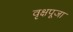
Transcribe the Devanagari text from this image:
वृक्षपूजा